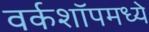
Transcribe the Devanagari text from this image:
वर्कशॉपमध्ये